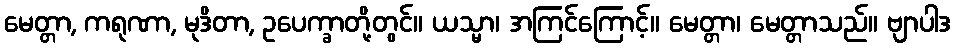
မေတ္တာ, ကရုဏာ, မုဒိတာ, ဥပေက္ခာတို့တွင်။ ယသ္မာ၊ အကြင်ကြောင့်။ မေတ္တာ၊ မေတ္တာသည်။ ဗျာပါဒ